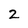
Character: 2